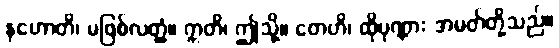
နဟောတိ၊ မဖြစ်လတ္တံ့။ ဣတိ၊ ဤသို့။ တေဟိ၊ ထိုပုဏ္ဏား အမတ်တို့သည်။